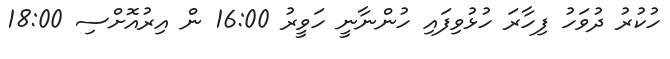
ހުކުރު ދުވަހު ފިހާރަ ހުޅުވިފައި ހުންނާނީ ހަވީރު 16:00 ން އިރުއޮށްސި 18:00